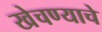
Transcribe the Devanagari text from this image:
खेचण्याचे